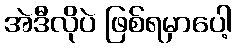
အဲဒီလိုပဲ ဖြစ်ရမှာပေါ့